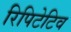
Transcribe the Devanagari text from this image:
रिपिटेटिव